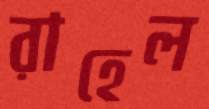
রাহেল